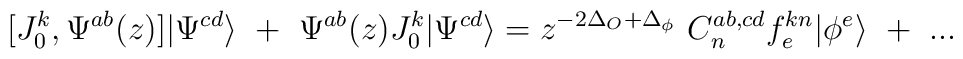
[J^k_0,\Psi^{ab}(z)]|\Psi^{cd}\rangle~+~\Psi^{ab}(z)J^k_0|\Psi^{cd}\rangle=z^{-2\Delta_O+\Delta_\phi}~C^{ab,cd}_nf^{kn}_e|\phi^e\rangle~+~...